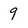
Character: 9